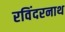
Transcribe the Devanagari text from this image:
रविंदरनाथ